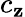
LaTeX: c_{\mathbf{z}}